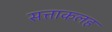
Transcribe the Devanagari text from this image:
सत्ताकलह